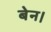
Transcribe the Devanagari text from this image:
बेन।